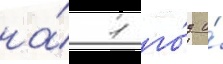
на́ 1 го́д и́